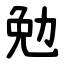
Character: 勉